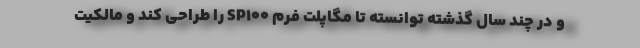
و در چند سال گذشته توانسته تا مگاپلت فرم SP100 را طراحی کند و مالکیت